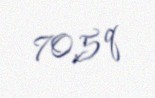
70,5 q